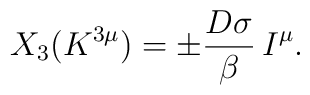
X_{3}(K^{3\mu}) = \pm \frac{D \sigma }{\beta} \, I^{\mu}.